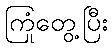
ကြုံတွေ့ပြီး